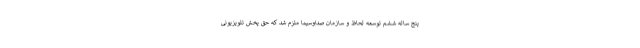
پنج ساله ششم توسعه لحاظ و سازمان صداوسیما ملزم شد که حق پخش تلویزیونی